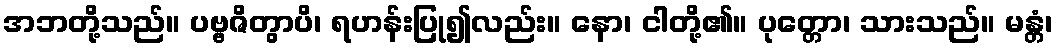
အဘတို့သည်။ ပဗ္ဗဇိတွာပိ၊ ရဟန်းပြု၍လည်း။ နော၊ ငါတို့၏။ ပုတ္တော၊ သားသည်။ မန္တံ၊